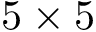
5 \times 5